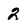
Character: 2